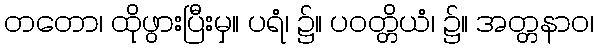
တတော၊ ထိုဖွားပြီးမှ။ ပရံ၊ ၌။ ပဝတ္တိယံ၊ ၌။ အတ္တနာဝ၊